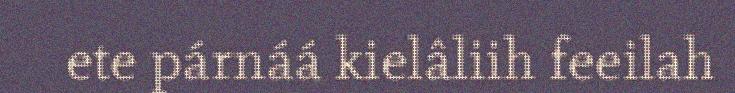
ete párnáá kielâliih feeilah